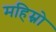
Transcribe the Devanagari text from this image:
महिम्नो